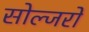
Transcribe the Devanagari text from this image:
सोल्जरों